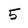
Character: 5